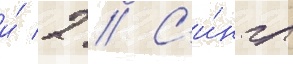
и́ 2 // С'и́нгл